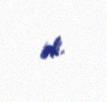
idi.